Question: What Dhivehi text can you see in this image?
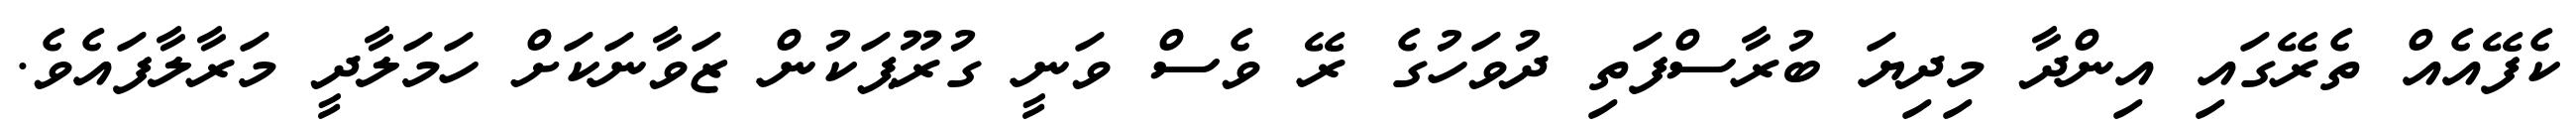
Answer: ކެފޭއެއް ތެރޭގައި އިންދާ މިދިޔަ ބުރާސްފަތި ދުވަހުގެ ރޭ ވެސް ވަނީ ގުރޫޕަކުން ޒަވާނަކަށް ހަމަލާދީ މަރާލާފައެވެ.